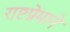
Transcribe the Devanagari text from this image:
राष्टप्रेमाने